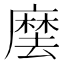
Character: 𭙽